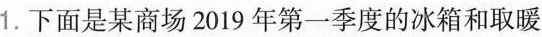
1.下面是某商场2019年第一季度的冰箱和取暖